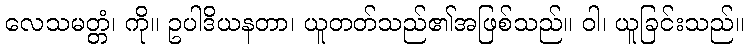
လေသမတ္တံ၊ ကို။ ဥပါဒိယနတာ၊ ယူတတ်သည်၏အဖြစ်သည်။ ဝါ၊ ယူခြင်းသည်။